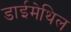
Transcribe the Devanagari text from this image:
डाईमेथिल